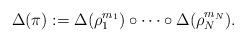
LaTeX: \begin{align*}\Delta(\pi) := \Delta(\rho_1^{m_1}) \circ\cdots \circ\Delta(\rho_N^{m_N}).\end{align*}